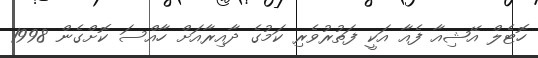
ހޮޓެލް އޭޝިއާ ފެއާ އަކީ ފަތުރުވެރި ކަމުގެ ދާއިރާއަށް ހާއްސަ ކޮށްގެން 1998